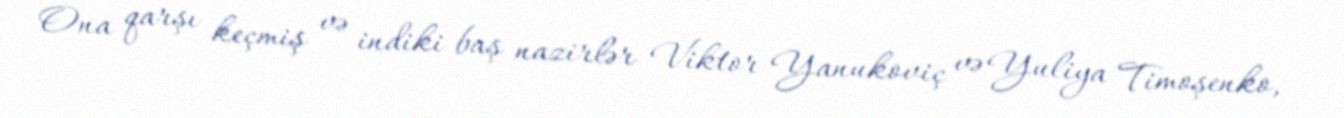
Ona qarşı keçmiş və indiki baş nazirlər Viktor Yanukoviç və Yuliya Timoşenko,